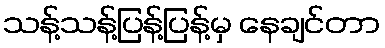
သန့်သန့်ပြန့်ပြန့်မှ နေချင်တာ